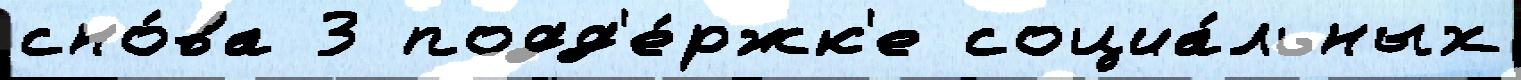
сно́ва 3 подд'е́ржк'е социа́льных